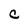
Character: C